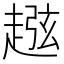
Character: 𧼏